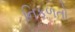
નિકળતો